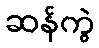
ဆန်ကွဲ